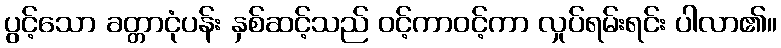
ပွင့်သော ခတ္တာငုံပန်း နှစ်ဆင့်သည် ဝင့်ကာဝင့်ကာ လှုပ်ရမ်းရင်း ပါလာ၏။